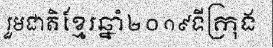
រួមជាតិខ្មែរឆ្នាំ២០១៩ទីក្រុង